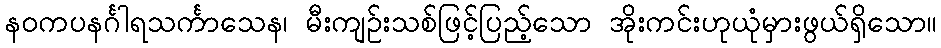
နဝကပနင်္ဂါရသင်္ကာသေန၊ မီးကျဉ်းသစ်ဖြင့်ပြည့်သော အိုးကင်းဟုယုံမှားဖွယ်ရှိသော။